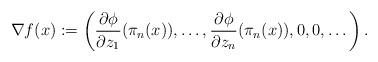
LaTeX: \begin{align*} \nabla f(x):=\left(\frac{\partial \phi}{\partial z_1}(\pi_n(x)),\dots, \frac{\partial \phi}{\partial z_n}(\pi_n(x)),0,0,\dots \right).\end{align*}